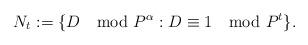
LaTeX: \begin{align*}N_t:=\{ D \mod P^\alpha : D \equiv 1 \mod P^t\}.\end{align*}